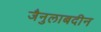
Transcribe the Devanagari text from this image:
जैनुलाबदीन